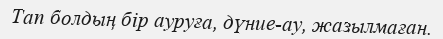
Тап болдың бір ауруға, дүние-ау, жазылмаған.